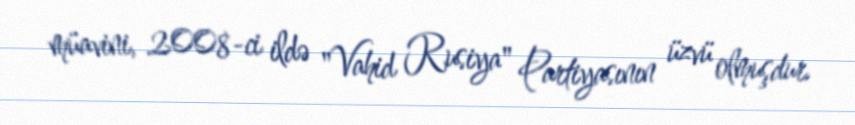
müavini, 2008-ci ildə "Vahid Rusiya" Partiyasının üzvü olmuşdur.